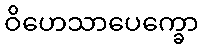
ဝိဟေသာပေက္ခော